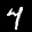
Digit: 7